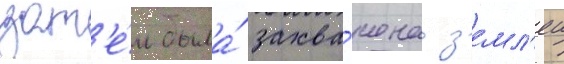
зат'е́м была́ захва́чена з'емл'еи